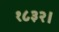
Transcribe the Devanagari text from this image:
१८३२।